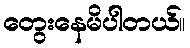
တွေးနေမိပါတယ်။